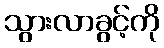
သွားလာခွင့်ကို